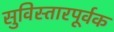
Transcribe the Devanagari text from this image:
सुविस्तारपूर्वक